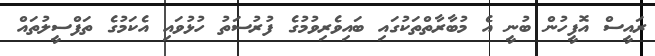
ރައީސް އޮފީހުން ބުނީ އެ މުބާރާތްތަކުގައި ބައިވެރިވުމުގެ ފުރުސަތު ހުޅުވައި އެކަމުގެ ތަފްސީލުތައް